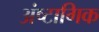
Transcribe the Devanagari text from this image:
अंष्टागिक